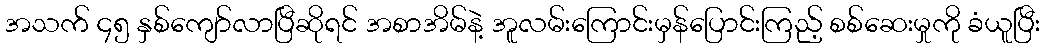
အသက် ၄၅ နှစ်ကျော်လာပြီဆိုရင် အစာအိမ်နဲ့ အူလမ်းကြောင်းမှန်ပြောင်းကြည့် စစ်ဆေးမှုကို ခံယူပြီး